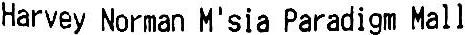
HARVEY NORMAN M'SIA PARADIGM MALL